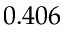
0 . 4 0 6